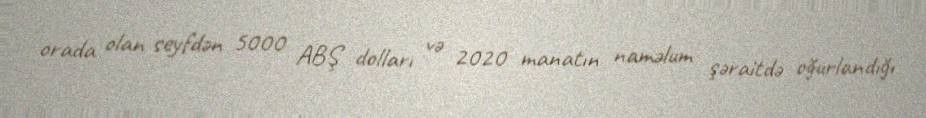
orada olan seyfdən 5000 ABŞ dolları və 2020 manatın naməlum şəraitdə oğurlandığı